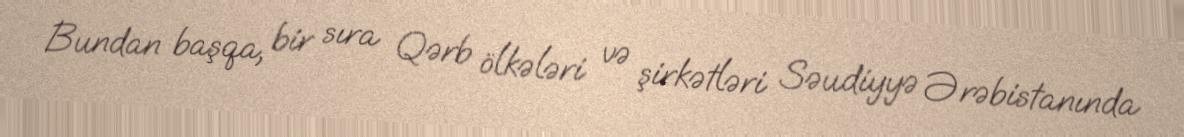
Bundan başqa, bir sıra Qərb ölkələri və şirkətləri Səudiyyə Ərəbistanında